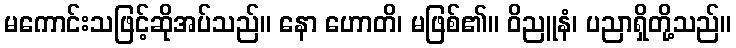
မကောင်းသဖြင့်ဆိုအပ်သည်။ နော ဟောတိ၊ မဖြစ်၏။ ဝိညူနံ၊ ပညာရှိတို့သည်။